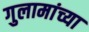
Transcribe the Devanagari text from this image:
गुलामांच्या